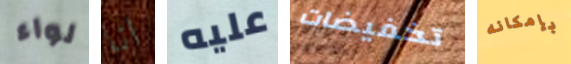
لواء انا عليه تخفيضات بإمكانه